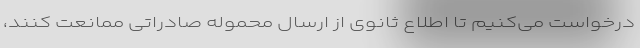
درخواست می‌کنیم تا اطلاع ثانوی از ارسال محموله صادراتی ممانعت کنند،